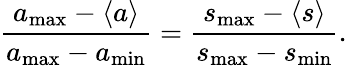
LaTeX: \frac{a_{\operatorname*{max}}-\langle a\rangle}{a_{\operatorname*{max}}-a_{\operatorname*{min}}}=\frac{s_{\operatorname*{max}}-\langle s\rangle}{s_{\operatorname*{max}}-s_{\operatorname*{min}}}.